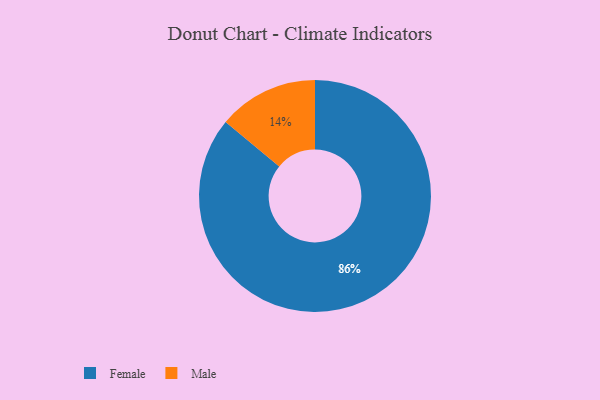
{"axis": {"x": "Category", "y": "Percentage"}, "legend": ["Female", "Male"], "data": [{"x": "Male", "y": 14, "type": "Male"}, {"x": "Female", "y": 86, "type": "Female"}]}